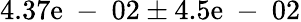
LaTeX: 4.37\mathrm{e}\mathrm{{~-~}}02\pm4.5\mathrm{e}\mathrm{{~-~}}02